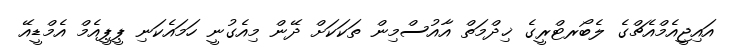
އައިޖީއެމްއެޗްގެ ލެބޯރޓްރީގެ ޚިދްމަތް އާއުސްމިން ތަކަކަށް ދޭން މިއެގުނީ ހަމައެކަނި ޕީޕީއެމް އެމްޑީއޭ